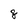
Character: 8